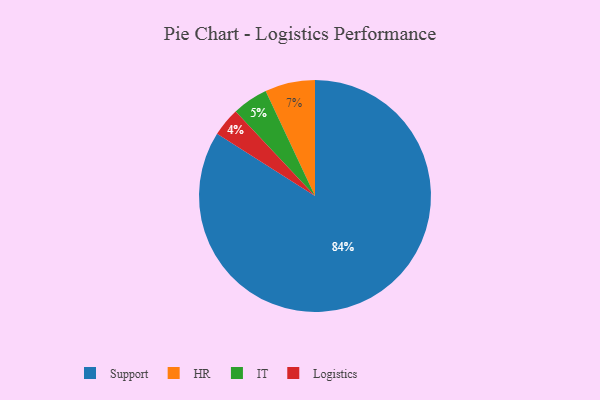
{"axis": {"x": "Category", "y": "Percentage"}, "legend": ["HR", "IT", "Logistics", "Support"], "data": [{"x": "Support", "y": 84, "type": "Support"}, {"x": "IT", "y": 5, "type": "IT"}, {"x": "HR", "y": 7, "type": "HR"}, {"x": "Logistics", "y": 4, "type": "Logistics"}]}